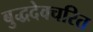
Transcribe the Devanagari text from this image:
बुद्धदेवचरित